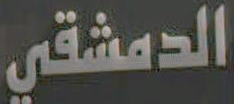
الدمشقي